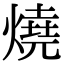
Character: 燒